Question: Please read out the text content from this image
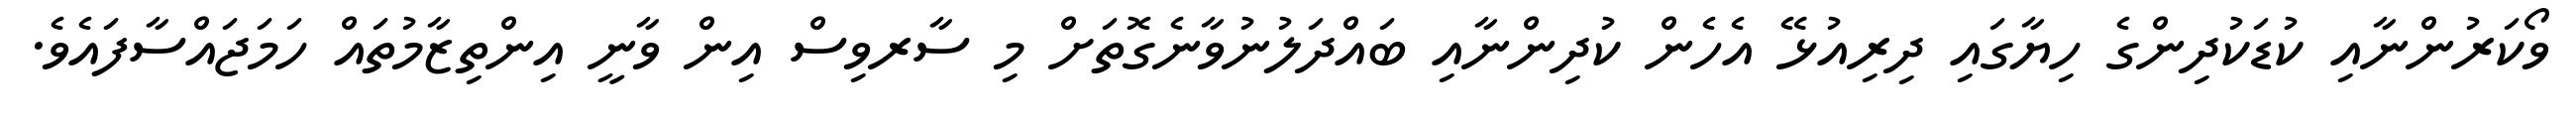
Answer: ވޯކަރުންނާއި ކުޑަކުދިންގެ ހިޔާގައި ދިރިއުޅޭ އެހެން ކުދިންނާއި ބައްދަލުނުވާނެގޮތަށް މި ސާރވިސް އިން ވާނީ އިންތިޒާމުތައް ހަމަޖައްސާފައެވެ.